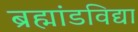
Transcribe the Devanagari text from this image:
ब्रह्मांडविद्या